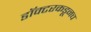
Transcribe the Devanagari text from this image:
डॉक्टरकडूनच